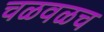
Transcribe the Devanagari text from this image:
चळवळच